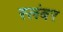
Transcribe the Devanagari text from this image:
स्लंबर